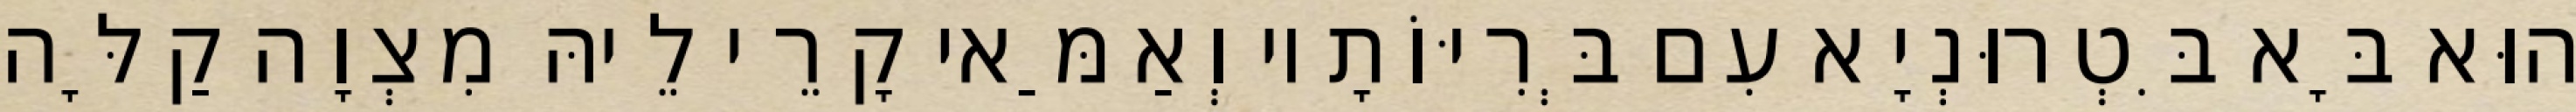
הוּא בָּא בִּטְרוּנְיָא עִם בְּרִיּוֹתָיו וְאַמַּאי קָרֵי לֵיהּ מִצְוָה קַלָּה